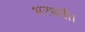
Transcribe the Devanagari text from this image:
भरथरी।